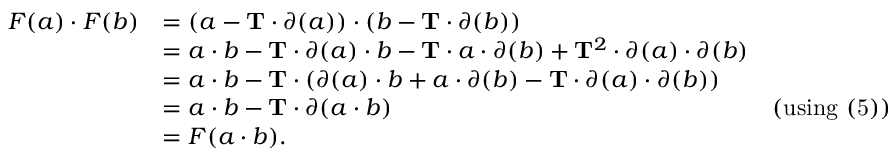
\begin{array} { r l r } { F ( a ) \cdot F ( b ) } & { = ( a - \mathbf T \cdot \partial ( a ) ) \cdot ( b - \mathbf T \cdot \partial ( b ) ) } \\ & { = a \cdot b - \mathbf T \cdot \partial ( a ) \cdot b - \mathbf T \cdot a \cdot \partial ( b ) + \mathbf T ^ { 2 } \cdot \partial ( a ) \cdot \partial ( b ) } \\ & { = a \cdot b - \mathbf T \cdot ( \partial ( a ) \cdot b + a \cdot \partial ( b ) - \mathbf T \cdot \partial ( a ) \cdot \partial ( b ) ) } \\ & { = a \cdot b - \mathbf T \cdot \partial ( a \cdot b ) } & { \mathrm { ( u s i n g ~ ( 5 ) ) } } \\ & { = F ( a \cdot b ) . } \end{array}